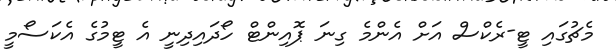
މެޗުގައި ޓީ-ރެކްސް އަށް އެންމެ ގިނަ ޕޮއިންޓް ހޯދައިދިނީ އެ ޓީމުގެ އެކަސޯމީ